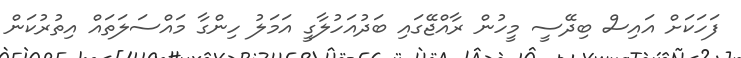
ފަހަކަށް އައިސް ބިދޭސީ މީހުން ރާއްޖޭގައި ބަދުއަހުލާގީ އަމަލު ހިންގާ މައްސަލަތައް އިތުރުކަން